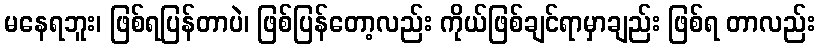
မနေရဘူး၊ ဖြစ်ရပြန်တာပဲ၊ ဖြစ်ပြန်တော့လည်း ကိုယ်ဖြစ်ချင်ရာမှာချည်း ဖြစ်ရ တာလည်း